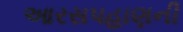
આરસપહાણની